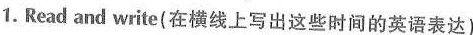
1.Read and write(在横线上写出这些时间的英语表达)